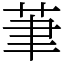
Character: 茟